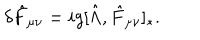
LaTeX: \delta \hat { F } _ { \mu \nu } = i g [ \hat { \Lambda } , \hat { F } _ { \mu \nu } ] _ { * } .